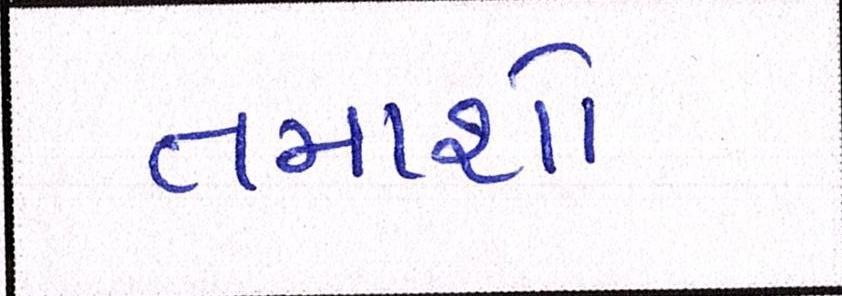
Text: તમાશો